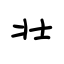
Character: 壮